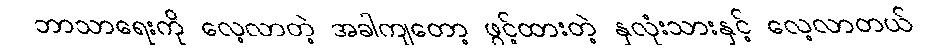
ဘာသာရေးကို လေ့လာတဲ့ အခါကျတော့ ဖွင့်ထားတဲ့ နှလုံးသားနှင့် လေ့လာတယ်